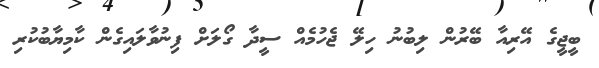
ބީޖީގެ އޭރިއާ ބޭރުން ލިބުނު ހިލޭ ޖެހުމެއް ސީދާ ގޯލަށް ފިނުވާލައިގެން ކާމިޔާބުކުރި